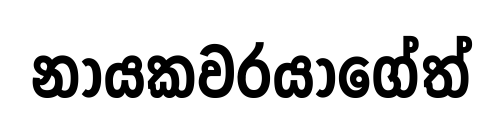
නායකවරයාගේත්